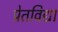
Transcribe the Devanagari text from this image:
प्रेतविद्या